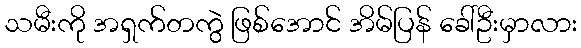
သမီးကို အရှက်တကွဲ ဖြစ်အောင် အိမ်ပြန် ခေါ်ဦးမှာလား